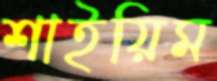
শাইয়িম